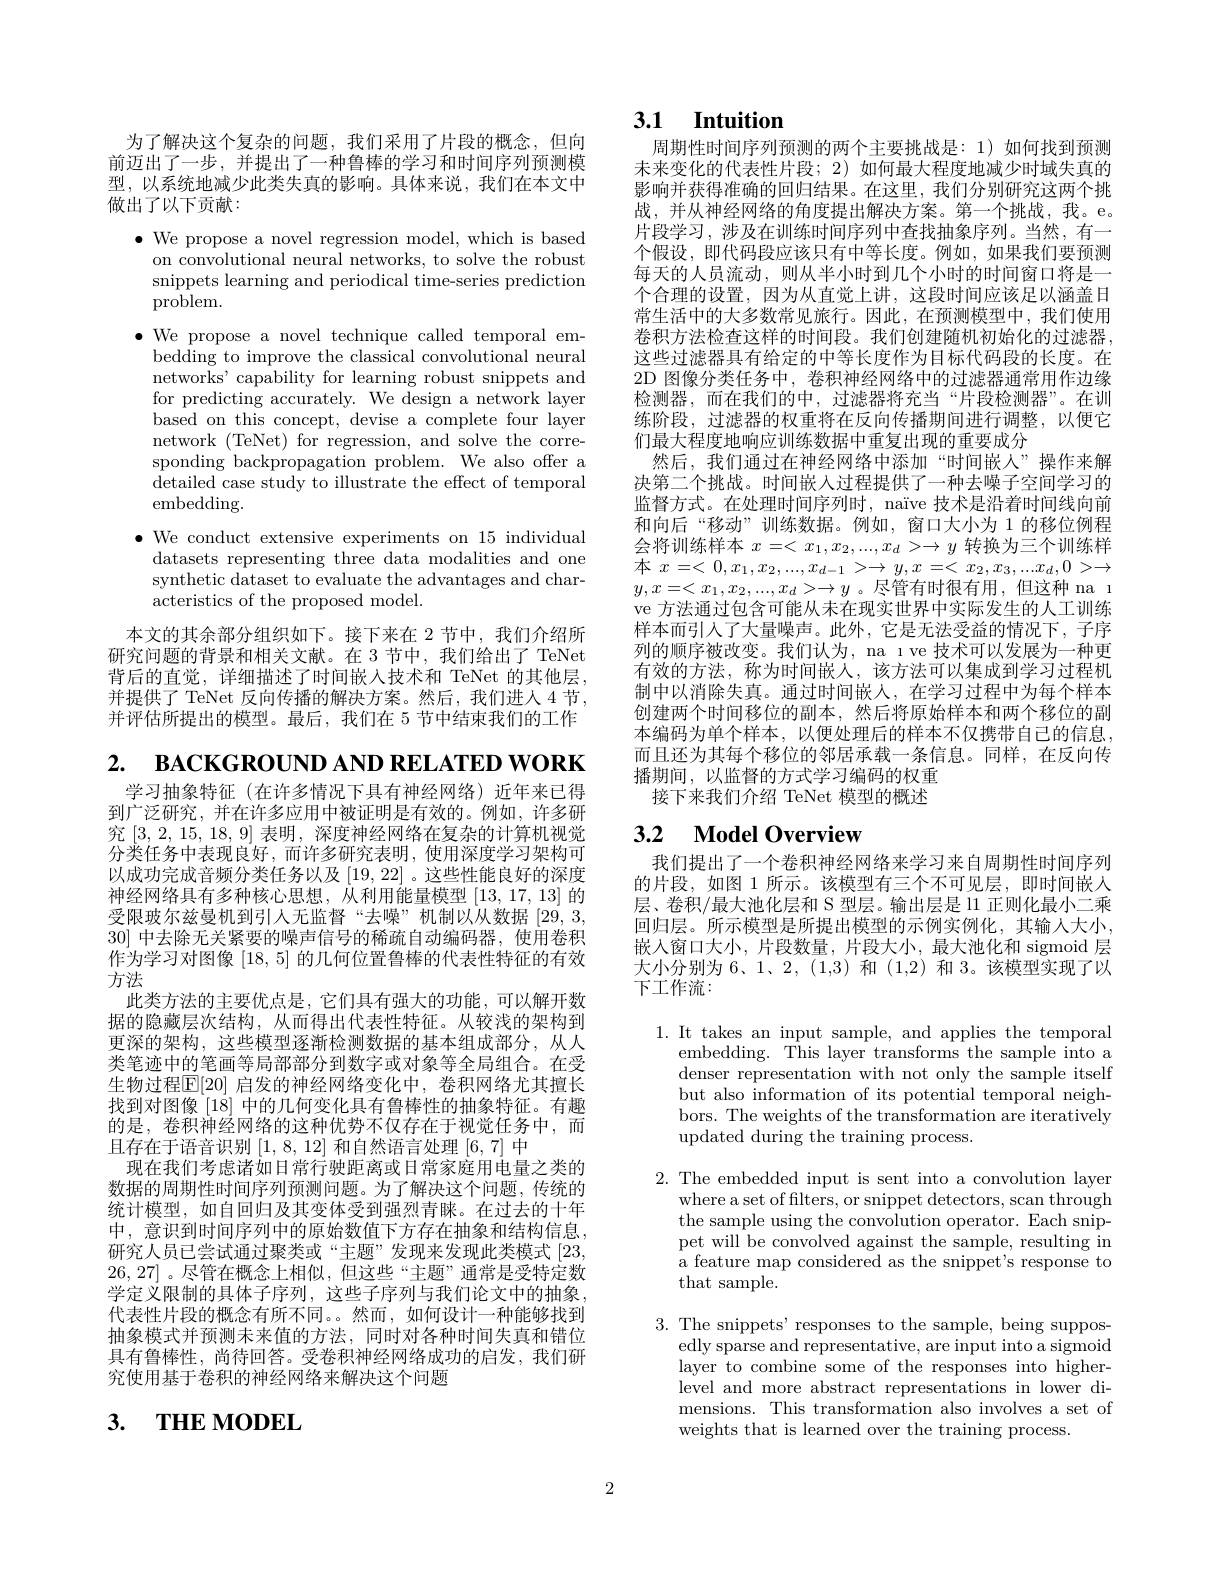
为了解决这个复杂的问题，我们采用了片段的概念，但向前迈出了一步，并提出了一种鲁棒的学习和时间序列预测模型，以系统地减少此类失真的影响。具体来说，我们在本文中做出了以下贡献：

$\bullet$ We propose a novel regression model, which is based on convolutional neural networks, to solve the robust snippets learning and periodical time-series prediction problem.
$\bullet$We propose a novel technique called temporal embedding to improve the classical convolutional neural networks' capability for learning robust snippets and for predicting accurately. We design a network layer based on this concept, devise a complete four layer network (TeNet) for regression, and solve the corresponding backpropagation problem. We also offer a $\hat{\text{detailed case study to illustrate the effect of temporal}}$ embedding.
$\bullet$ We conduct extensive experiments on 15 individual
datasets representing three data modalities and one synthetic dataset to evaluate the advantages and characteristics of the proposed model.

本文的其余部分组织如下。接下来在 2 节中，我们介绍所研究问题的背景和相关文献。在 3 节中，我们给出了 TeNet 背后的直觉，详细描述了时间嵌入技术和 TeNet 的其他层， 并提供了 TeNet 反向传播的解决方案。然后，我们进人 4 节， 并评估所提出的模型。最后，我们在 5 节中结束我们的工作

2. вАСКGROUND АND RELATED WORK
学习抽象特征(在许多情况下具有神经网络)近年来已得到广泛研究，并在许多应用中被证明是有效的。例如，许多研究[3,2,15,18,9] 表明，深度神经网络在复杂的计算机视觉分类任务中表现良好，而许多研究表明，使用深度学习架构可以成功完成音频分类任务以及[19,22] 。这些性能良好的深度神经网络具有多种核心思想，从利用能量模型[13,17,13]的受限玻尔兹曼机到引人无监督“去噪”机制以从数据[29,3,1] 30]中去除无关紧要的噪声信号的稀疏自动编码器，使用卷积作为学习对图像[18,5]的几何位置鲁棒的代表性特征的有效方法
此类方法的主要优点是，它们具有强大的功能，可以解开数据的隐藏层次结构，从而得出代表性特征。从较浅的架构到更深的架构，这些模型逐渐检测数据的基本组成部分，从人类笔迹中的笔画等局部部分到数字或对象等全局组合。在受生物过程$\mathbb{E}[20]$ 启发的神经网络变化中，卷积网络尤其擅长找到对图像[18]中的几何变化具有鲁棒性的抽象特征。有趣的是，卷积神经网络的这种优势不仅存在于视觉任务中，而且存在于语音识别[1,8,12]和自然语言处理[6,7]中
现在我们考虑诸如日常行驶距离或日常家庭用电量之类的数据的周期性时间序列预测问题。为了解决这个问题，传统的统计模型，如自回归及其变体受到强烈青睐。在过去的十年中，意识到时间序列中的原始数值下方存在抽象和结构信息， 研究人员已尝试通过聚类或“主题”发现来发现此类模式[23, 26,27] 。尽管在概念上相似，但这些“主题”通常是受特定数学定义限制的具体子序列，这些子序列与我们论文中的抽象， 代表性片段的概念有所不同。。然而，如何设计一种能够找到抽象模式并预测未来值的方法，同时对各种时间失真和错位具有鲁棒性，尚待回答。受卷积神经网络成功的启发，我们研究使用基于卷积的神经网络来解决这个问题

3. тнЕ морЕL

## 3.1 $\textbf{Intuition}$

周期性时间序列预测的两个主要挑战是：1)如何找到预测未来变化的代表性片段；2)如何最大程度地减少时域失真的影响并获得准确的回归结果。在这里，我们分别研究这两个挑战，并从神经网络的角度提出解决方案。第一个挑战，我。e。片段学习，涉及在训练时间序列中查找抽象序列。当然，有一个假设，即代码段应该只有中等长度。例如，如果我们要预测每天的人员流动，则从半小时到几个小时的时间窗口将是一个合理的设置，因为从直觉上讲，这段时间应该足以涵盖日常生活中的大多数常见旅行。因此，在预测模型中，我们使用卷积方法检查这样的时间段。我们创建随机初始化的过滤器， 这些过滤器具有给定的中等长度作为目标代码段的长度。在2D 图像分类任务中，卷积神经网络中的过滤器通常用作边缘检测器，而在我们的中，过滤器将充当“片段检测器”。在训练阶段，过滤器的权重将在反向传播期间进行调整，以便它们最大程度地响应训练数据中重复出现的重要成分
然后，我们通过在神经网络中添加“时间嵌人”操作来解决第二个挑战。时间嵌人过程提供了一种去噪子空间学习的监督方式。在处理时间序列时，naïve 技术是沿着时间线向前和向后“移动”训练数据。例如，窗口大小为 1 的移位例程会将训练样本$x=<x_1,x_2,...,x_d>\to y$转换为三个训练样本$x=<0,x_{1},x_{2},...,x_{d-1}>\to y,x=<x_{2},x_{3},...x_{d},0>\to$ $y,x=<x_{1},x_{2},...,x_{d}>\to y$。尽管有时很有用，但这种 na 1 ve 方法通过包含可能从未在现实世界中实际发生的人工训练样本而引人了大量噪声。此外，它是无法受益的情况下，子序列的顺序被改变。我们认为，na ı ve 技术可以发展为一种更有效的方法，称为时间嵌人，该方法可以集成到学习过程机制中以消除失真。通过时间嵌人，在学习过程中为每个样本创建两个时间移位的副本，然后将原始样本和两个移位的副本编码为单个样本，以便处理后的样本不仅携带自己的信息， 而且还为其每个移位的邻居承载一条信息。同样，在反向传播期间，以监督的方式学习编码的权重接下来我们介绍 TeNet 模型的概述

## 3.2 $\textbf{Model Overview}$

我们提出了一个卷积神经网络来学习来自周期性时间序列的片段，如图 1 所示。该模型有三个不可见层，即时间嵌人层、卷积/最大池化层和 S 型层。输出层是 l1 正则化最小二乘回归层。所示模型是所提出模型的示例实例化，其输人大小， 嵌入窗口大小，片段数量，片段大小，最大池化和 sigmoid 层大小分别为 6、1、2,(1,3) 和(1,2)和 3。该模型实现了以下工作流：

1. It takes an input sample, and applies the temporal
embedding. This layer transforms the sample into a denser representation with not only the sample itself but also information of its potential temporal neighbors. The weights of the transformation are iteratively updated during the training process.

2. The embedded input is sent into a convolution layer
where a set of filters, or snippet detectors, scan through the sample using the convolution operator. Each snippet will be convolved against the sample, resulting in $\hat{\text{a feature map considered as the snippet's response to}}$ that sample.

3. The snippets' responses to the sample, being suppos-
edly sparse and representative, are input into a sigmoid layer to combine some of the responses into higherlevel and more abstract representations in lower dimensions. This transformation also involves a set of weights that is learned over the training process.

2